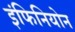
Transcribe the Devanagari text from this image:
इंफिनियोन